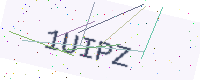
Text: 1UIPZ